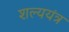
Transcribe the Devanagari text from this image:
शल्ययंत्र